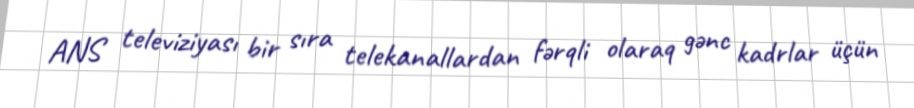
ANS televiziyası bir sıra telekanallardan fərqli olaraq gənc kadrlar üçün